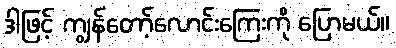
ဒါဖြင့် ကျွန်တော့်လောင်းကြေးကို ပြောမယ်။